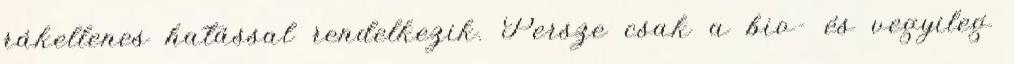
rákellenes hatással rendelkezik. Persze csak a bio- és vegyileg